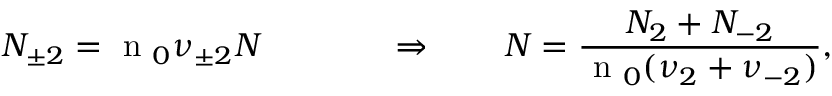
N _ { \pm 2 } = \textrm { n } _ { 0 } \nu _ { \pm 2 } N ~ ~ ~ ~ ~ ~ ~ ~ ~ ~ ~ \Rightarrow ~ ~ ~ ~ ~ ~ N = \frac { N _ { 2 } + N _ { - 2 } } { \textrm { n } _ { 0 } ( \nu _ { 2 } + \nu _ { - 2 } ) } ,